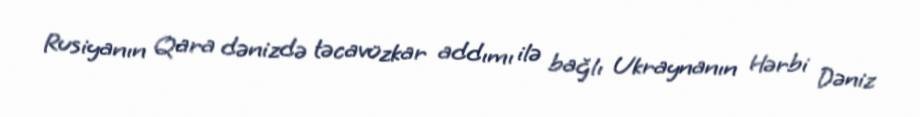
Rusiyanın Qara dənizdə təcavüzkar addımı ilə bağlı Ukraynanın Hərbi Dəniz